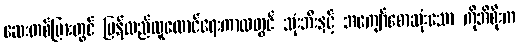
ဆေးတစ်ပြားတွင် ပြန်လည်ထူထောင်ရေးကာလတွင် သုံးဘီးနှင့် အကျော်စောဆုံးသော ကိုအိစိုးက